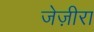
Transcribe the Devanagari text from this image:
जेज़ीरा